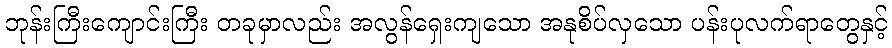
ဘုန်းကြီးကျောင်းကြီး တခုမှာလည်း အလွန်ရှေးကျသော အနုစိပ်လှသော ပန်းပုလက်ရာတွေနှင့်